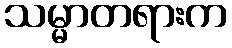
သမ္မာတရားက